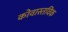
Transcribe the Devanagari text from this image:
कोवास्तविक